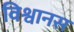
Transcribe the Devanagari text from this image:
विश्वानस